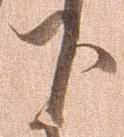
下